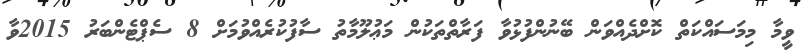
ވީމާ މިމަސައްކަތް ކޮށްދެއްވަން ބޭނުންފުޅުވާ ފަރާތްތަކުން މަޢުލޫމާތު ސާފުކުރެއްވުމަށް 8 ސެޕްޓެންބަރު 2015ވާ